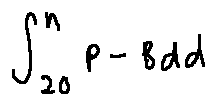
\int \limits _ { z o } ^ { n } p - B d d